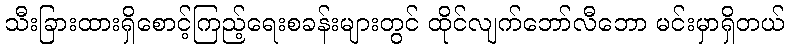
သီးခြားထားရှိစောင့်ကြည့်ရေးစခန်းများတွင် ထိုင်လျက်ဘော်လီဘော မင်းမှာရှိတယ်